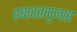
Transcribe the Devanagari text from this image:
इबादतगुजार